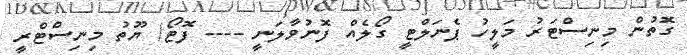
ގޮތުން މިނިސްޓަރު މަލީހު ޕެނަލްޓީ ގޯލެއް ފޮނުވާލަނީ ---- ފޮޓޯ/ ޔޫތު މިނިސްޓްރީ